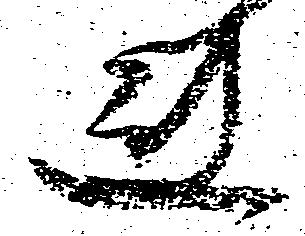
れ